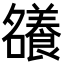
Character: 𡅖